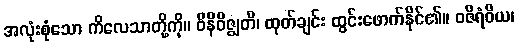
အလုံးစုံသော ကိလေသာတို့ကို။ ဝိနိဝိဇ္ဈတိ၊ ထုတ်ချင်း ထွင်းဖောက်နိုင်၏။ ဝဇိရံဝိယ၊